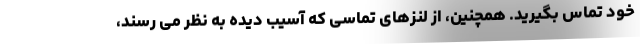
خود تماس بگیرید. همچنین، از لنزهای تماسی که آسیب دیده به نظر می رسند،